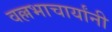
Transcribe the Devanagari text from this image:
वल्लभाचार्यांनी